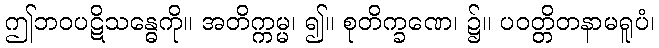
ဤဘဝပဋိသန္ဓေကို။ အတိက္ကမ္မ၊ ၍။ စုတိက္ခဏေ၊ ၌။ ပဝတ္တိတနာမရူပံ၊